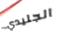
الجليدي